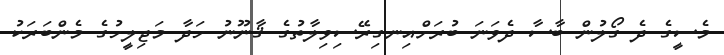
މެސީގެ ދެ ގޯލުން ބާސާ ދެވަނަ ބުރަށްއިނގިރޭސިވިލާތުގެ ޤާނޫނު ހަދާ މަޖިލީހުގެ މެންބަރަކު